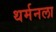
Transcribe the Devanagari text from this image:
थर्मनला